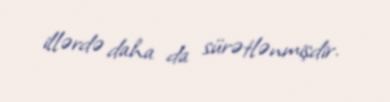
illərdə daha da sürətlənmişdir.